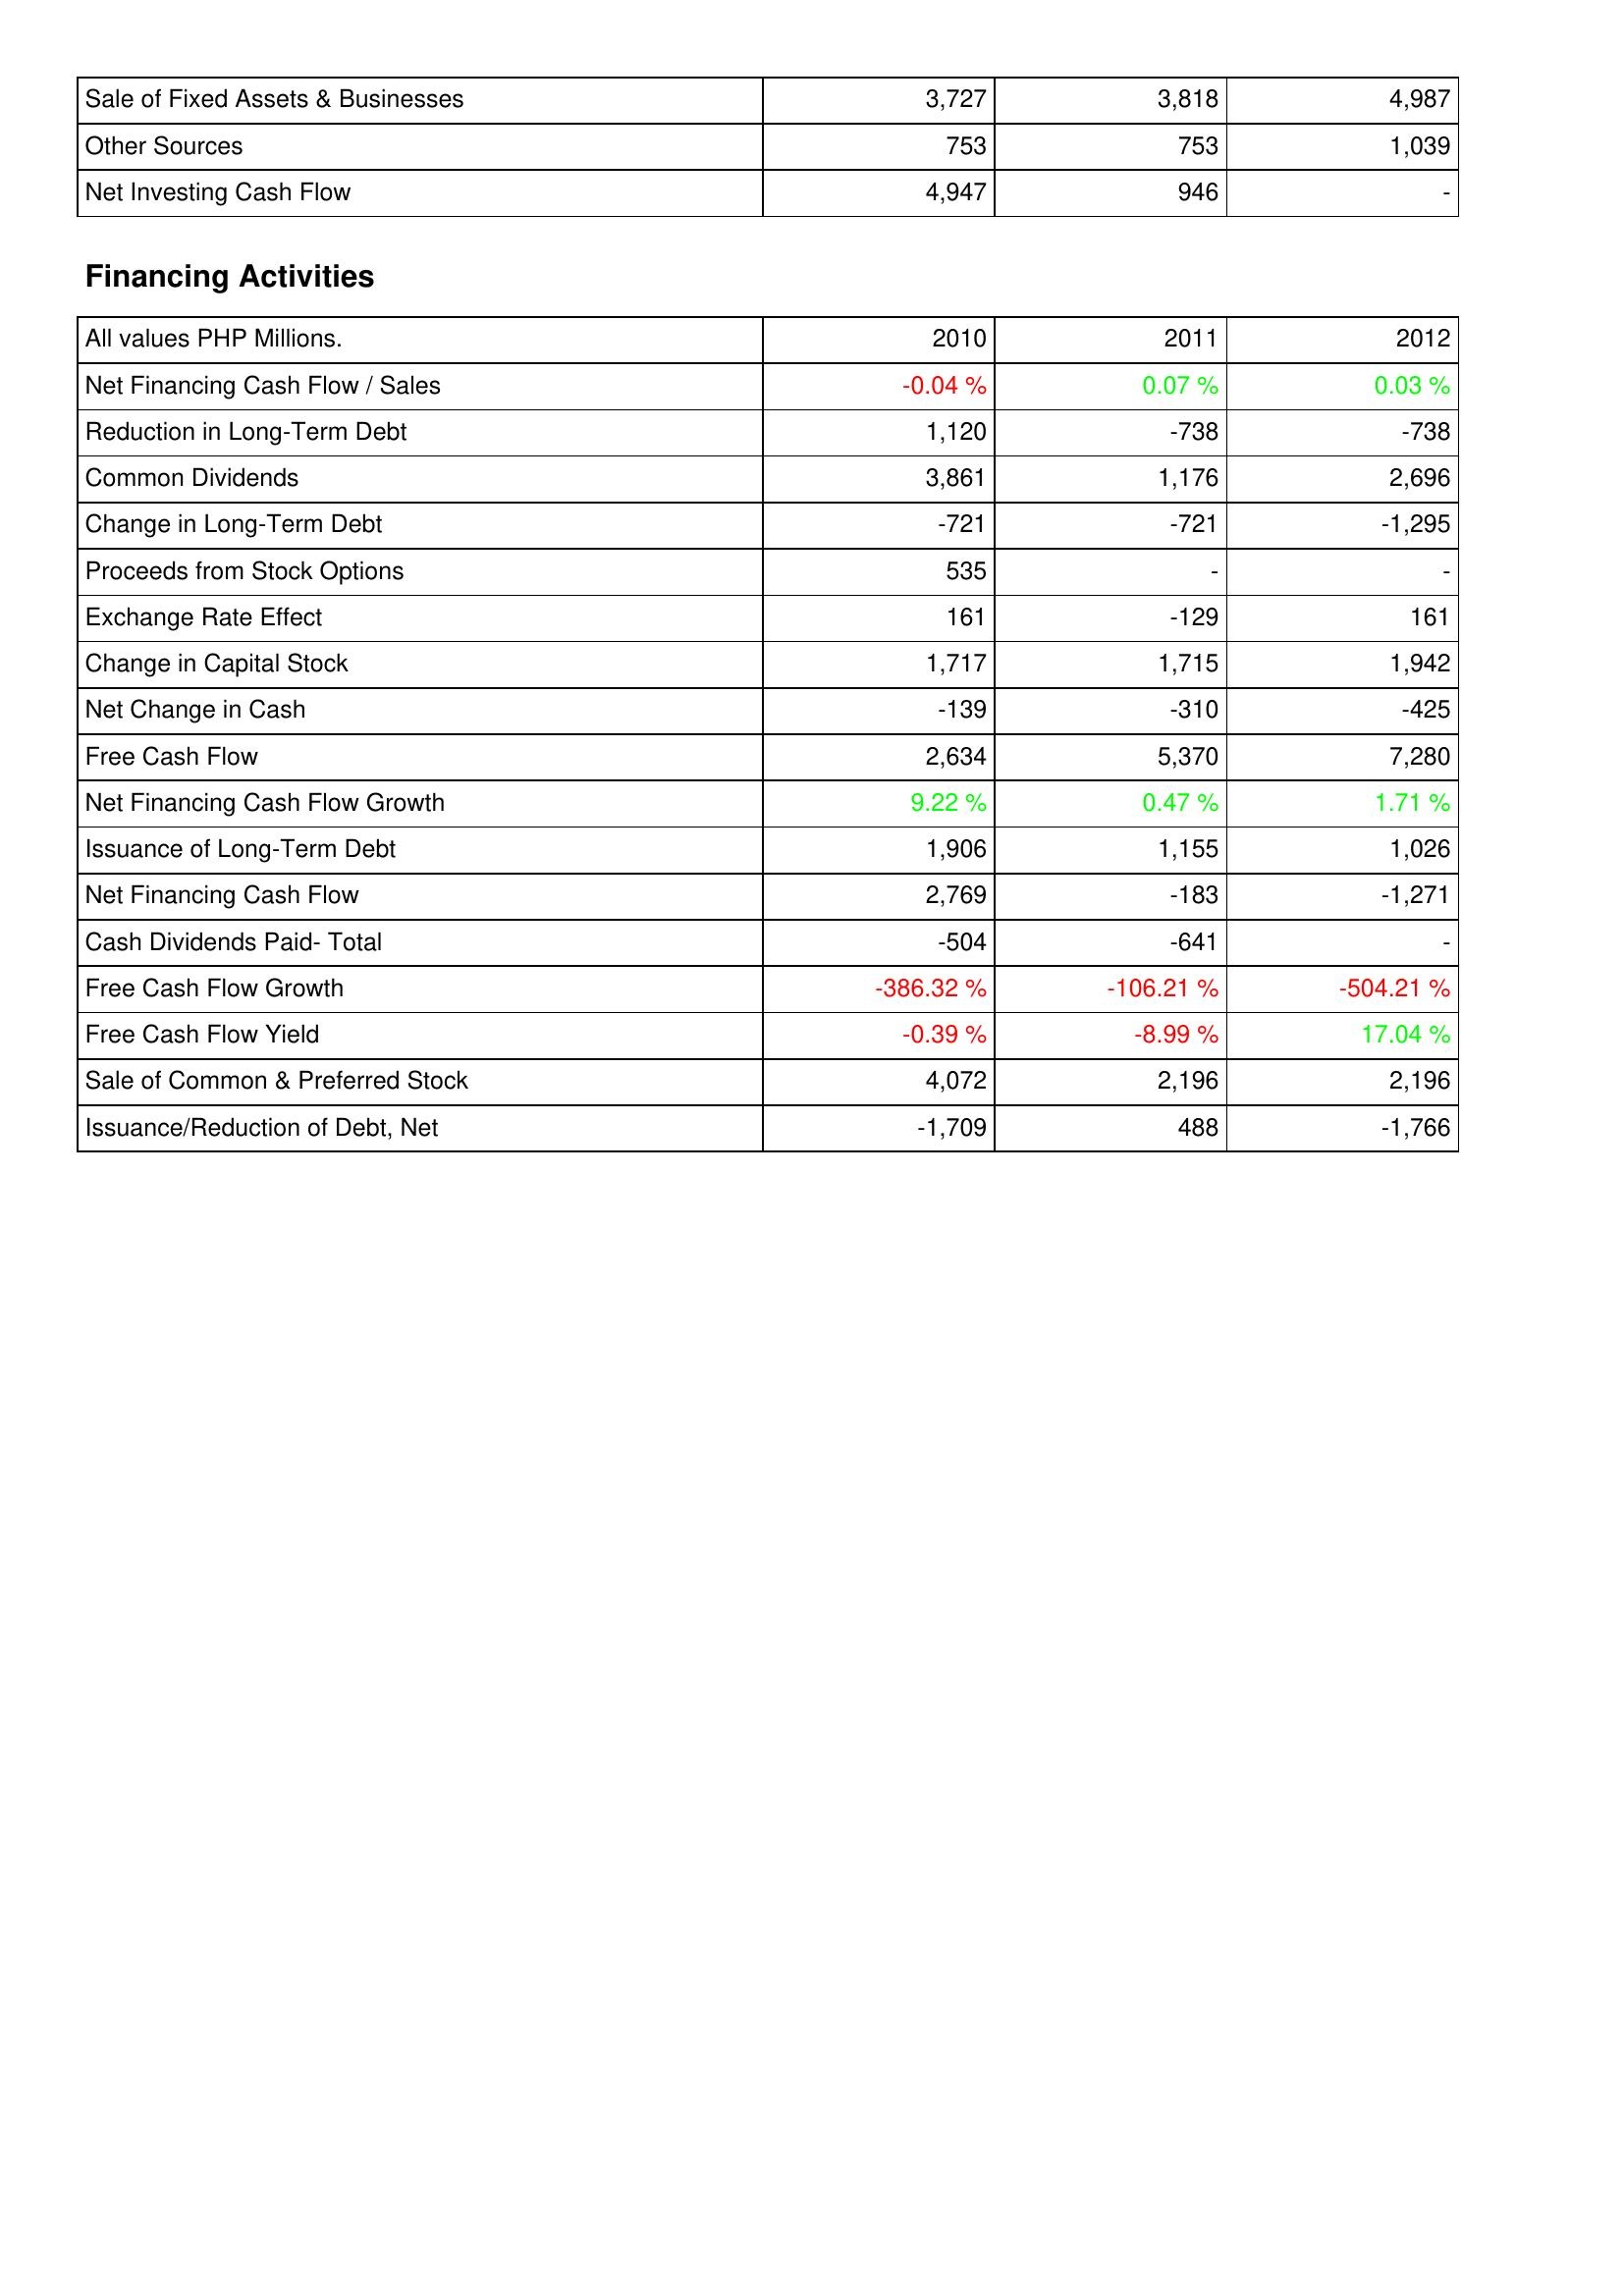
2010: Investing Activities: Sale of Fixed Assets & Businesses: 3,727
Other Sources: 753
Net Investing Cash Flow: 4,947
Financing Activities: Net Financing Cash Flow / Sales: -0.04 %
Reduction in Long-Term Debt: 1,120
Common Dividends: 3,861
Change in Long-Term Debt: -721
Proceeds from Stock Options: 535
Exchange Rate Effect: 161
Change in Capital Stock: 1,717
Net Change in Cash: -139
Free Cash Flow: 2,634
Net Financing Cash Flow Growth: 9.22 %
Issuance of Long-Term Debt: 1,906
Net Financing Cash Flow: 2,769
Cash Dividends Paid- Total: -504
Free Cash Flow Growth: -386.32 %
Free Cash Flow Yield: -0.39 %
Sale of Common & Preferred Stock: 4,072
Issuance/Reduction of Debt, Net: -1,709
2011: Investing Activities: Sale of Fixed Assets & Businesses: 3,818
Other Sources: 753
Net Investing Cash Flow: 946
Financing Activities: Net Financing Cash Flow / Sales: 0.07 %
Reduction in Long-Term Debt: -738
Common Dividends: 1,176
Change in Long-Term Debt: -721
Proceeds from Stock Options: -
Exchange Rate Effect: -129
Change in Capital Stock: 1,715
Net Change in Cash: -310
Free Cash Flow: 5,370
Net Financing Cash Flow Growth: 0.47 %
Issuance of Long-Term Debt: 1,155
Net Financing Cash Flow: -183
Cash Dividends Paid- Total: -641
Free Cash Flow Growth: -106.21 %
Free Cash Flow Yield: -8.99 %
Sale of Common & Preferred Stock: 2,196
Issuance/Reduction of Debt, Net: 488
2012: Investing Activities: Sale of Fixed Assets & Businesses: 4,987
Other Sources: 1,039
Net Investing Cash Flow: -
Financing Activities: Net Financing Cash Flow / Sales: 0.03 %
Reduction in Long-Term Debt: -738
Common Dividends: 2,696
Change in Long-Term Debt: -1,295
Proceeds from Stock Options: -
Exchange Rate Effect: 161
Change in Capital Stock: 1,942
Net Change in Cash: -425
Free Cash Flow: 7,280
Net Financing Cash Flow Growth: 1.71 %
Issuance of Long-Term Debt: 1,026
Net Financing Cash Flow: -1,271
Cash Dividends Paid- Total: -
Free Cash Flow Growth: -504.21 %
Free Cash Flow Yield: 17.04 %
Sale of Common & Preferred Stock: 2,196
Issuance/Reduction of Debt, Net: -1,766